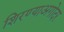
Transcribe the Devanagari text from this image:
शिरण्याअगोदर